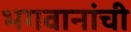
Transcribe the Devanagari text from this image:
भगवानांची